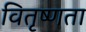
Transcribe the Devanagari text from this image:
वितृष्णता